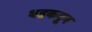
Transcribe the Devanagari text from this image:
धडकवून